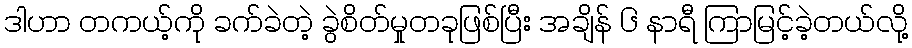
ဒါဟာ တကယ့်ကို ခက်ခဲတဲ့ ခွဲစိတ်မှုတခုဖြစ်ပြီး အချိန် ၆ နာရီ ကြာမြင့်ခဲ့တယ်လို့